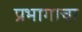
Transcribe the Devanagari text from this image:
प्रभागाचा